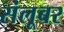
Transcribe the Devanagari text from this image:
संलूबर